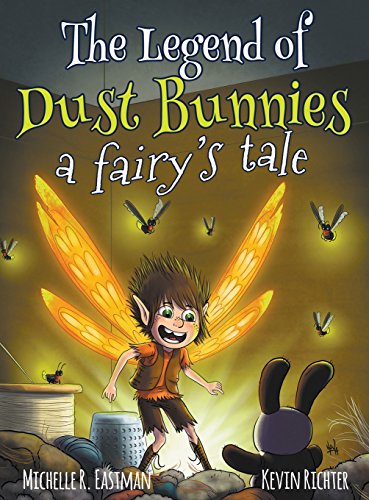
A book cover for The Legend of Dust Bunnies, a Fairy's Tale; Michelle R. Eastman; Children's Books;